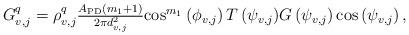
LaTeX: \begin{align*}\begin{array}{*{20}{l}}{{G_{v,j}^q} = \rho_{v,j}^q\frac{{{A_{{\rm{PD}}}}\left( {m_1 + 1} \right)}}{{2\pi d_{v,j}^2}}{\cos ^{m_1}}\left( {{\phi _{v,j}}} \right)T\left( {{\psi _{v,j}}} \right)}{G\left( {{\psi _{v,j}}} \right) {\cos }\left( {{\psi _{v,j}}} \right),}\end{array}\end{align*}